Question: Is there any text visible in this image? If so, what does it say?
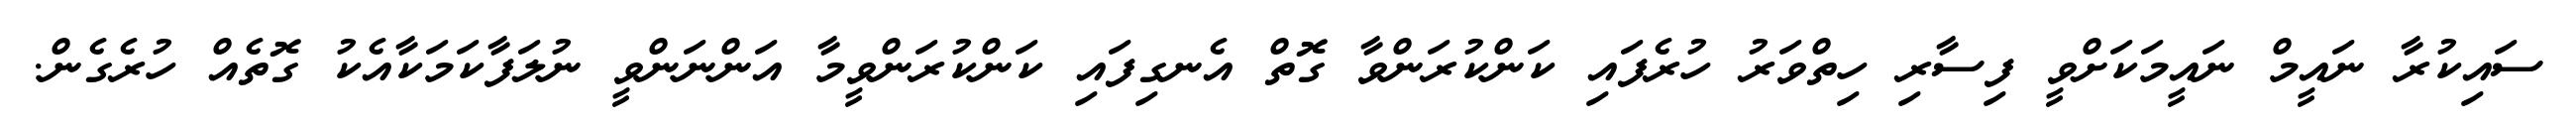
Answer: ސައިކުރާ ނައީމް ނައީމަކަށްވީ ފިސާރި ހިތްވަރު ހުރެފައި ކަންކުރަންވާ ގޮތް އެނގިފައި ކަންކުރަންވީމާ އަންނަންވީ ނުލަފާކަމަކާއެކު ގޮތެއް ހުރެގެން.